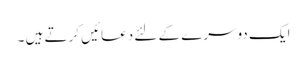
ایک دوسرے کے لئے دعائیں کرتے ہیں ۔